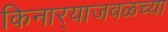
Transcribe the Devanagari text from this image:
किनार्‍याजवळच्या